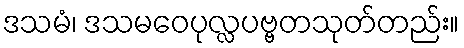
ဒသမံ၊ ဒသမဝေပုလ္လပဗ္ဗတသုတ်တည်း။